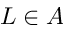
L \in A